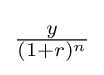
{\tfrac {y}{(1+r)^{n}}}